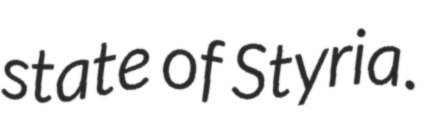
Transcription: state of Styria.